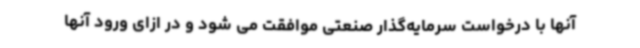
آنها با درخواست سرمایه‌گذار صنعتی موافقت می شود و در ازای ورود آنها